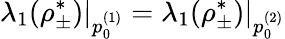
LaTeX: \lambda_{1}(\rho_{\pm}^{*})\vert_{p_{0}^{(1)}}=\lambda_{1}(\rho_{\pm}^{*})\vert_{p_{0}^{(2)}}